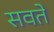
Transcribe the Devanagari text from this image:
सवते